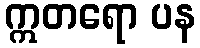
ဣတရော ပန